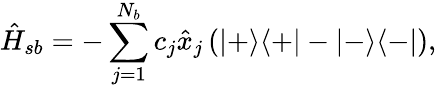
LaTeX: \hat{H}_{sb}=-\sum_{j=1}^{N_{b}}c_{j}\hat{x}_{j}\left(|+\rangle\langle+|-|-\rangle\langle-|\right),